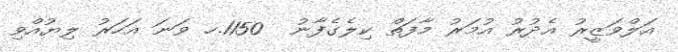
އަލްވަޒީރު އެދުރު އުމަރު މާފަތް ކިލެގެފާނު  1150.ހ ވަނަ އަހަރު ލިޔުއްވި